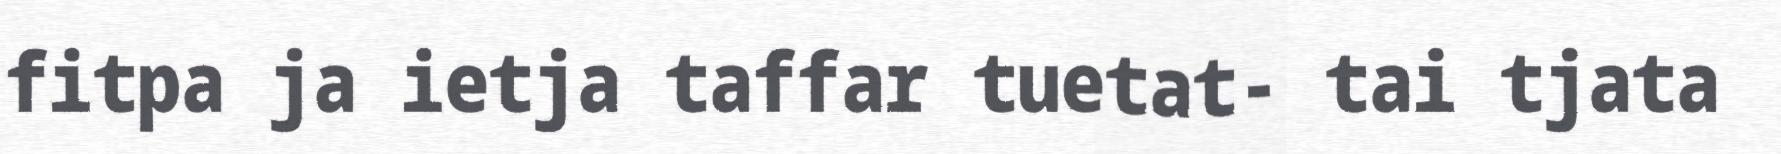
fitpa ja ietja taffar tuetat- tai tjata